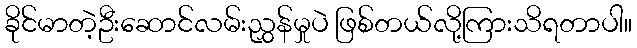
ခိုင်မာတဲ့ဦးဆောင်လမ်းညွှန်မှုပဲ ဖြစ်တယ်လို့ကြားသိရတာပါ။